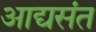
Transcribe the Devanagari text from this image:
आद्यसंत